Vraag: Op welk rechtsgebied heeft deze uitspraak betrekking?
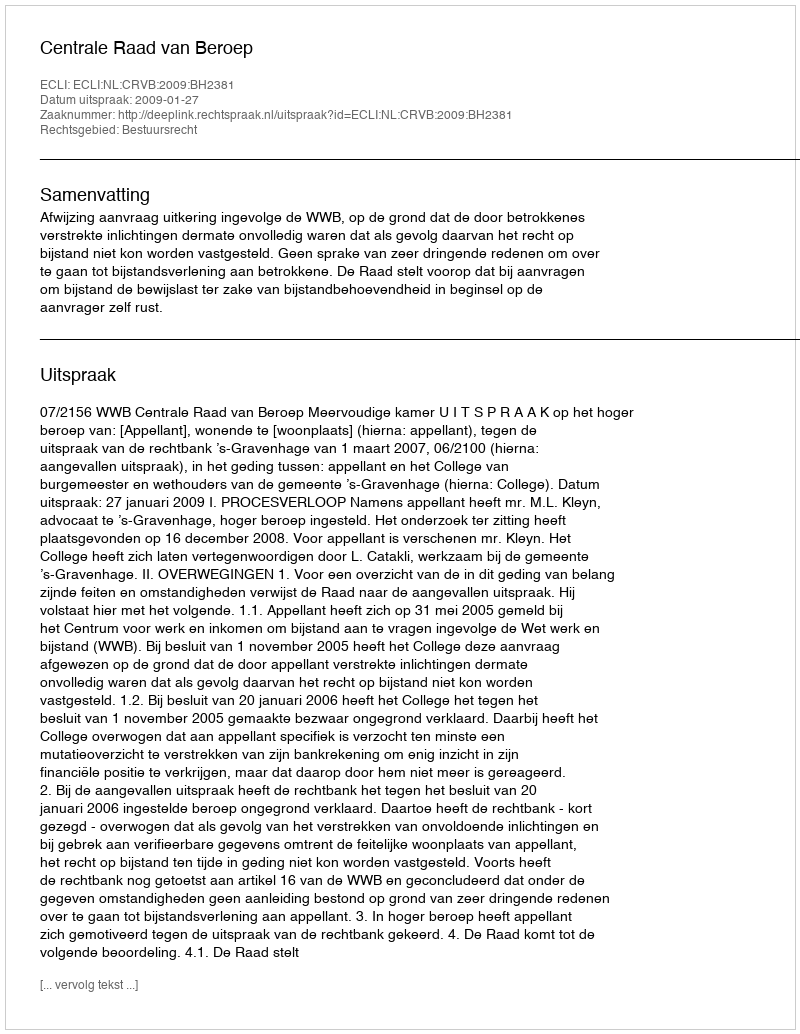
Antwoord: Bestuursrecht